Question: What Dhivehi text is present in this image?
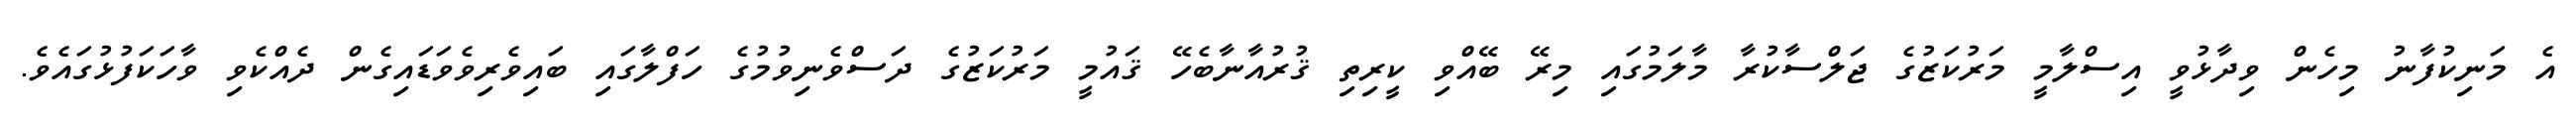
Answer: އެ މަނިކުފާނު މިހެން ވިދާޅުވީ އިސްލާމީ މަރުކަޒުގެ ޖަލްސާކުރާ މާލަމުގައި މިރޭ ބޭއްވި ކީރިތި ޤުރުއާނާބެހޭ ޤައުމީ މަރުކަޒުގެ ދަސްވެނިވުމުގެ ހަފްލާގައި ބައިވެރިވެވަޑައިގެން ދެއްކެވި ވާހަކަފުޅުގައެވެ.